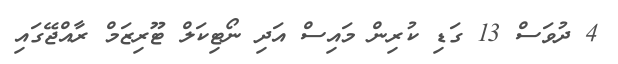
4 ދުވަސް 13 ގަޑި ކުރިން މައިސް އަދި ނޯޓިކަލް ޓޫރިޒަމް ރާއްޖޭގައި